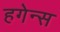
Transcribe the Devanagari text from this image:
हगेन्स